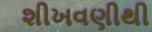
શીખવણીથી